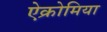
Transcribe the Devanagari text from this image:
ऐक्रोमिया